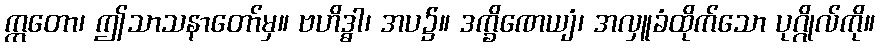
ဣတော၊ ဤသာသနာတော်မှ။ ဗဟိဒ္ဓါ၊ အပ၌။ ဒက္ခိဏေယျံ၊ အလှူခံထိုက်သော ပုဂ္ဂိုလ်ကို။